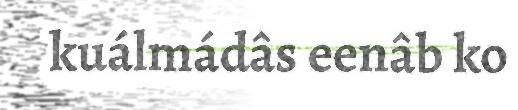
kuálmádâs eenâb ko